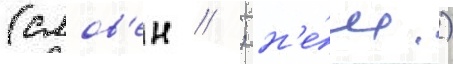
(слов'ен // ; н'е́м.)